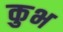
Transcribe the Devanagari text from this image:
कुभ